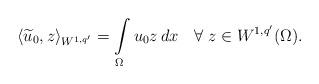
LaTeX: \begin{align*} \langle \widetilde{u}_0,z\rangle_{W^{1,q'}}=\int\limits_\Omega u_0z\,dx\quad\forall\; z\in W^{1,q'}(\Omega).\end{align*}